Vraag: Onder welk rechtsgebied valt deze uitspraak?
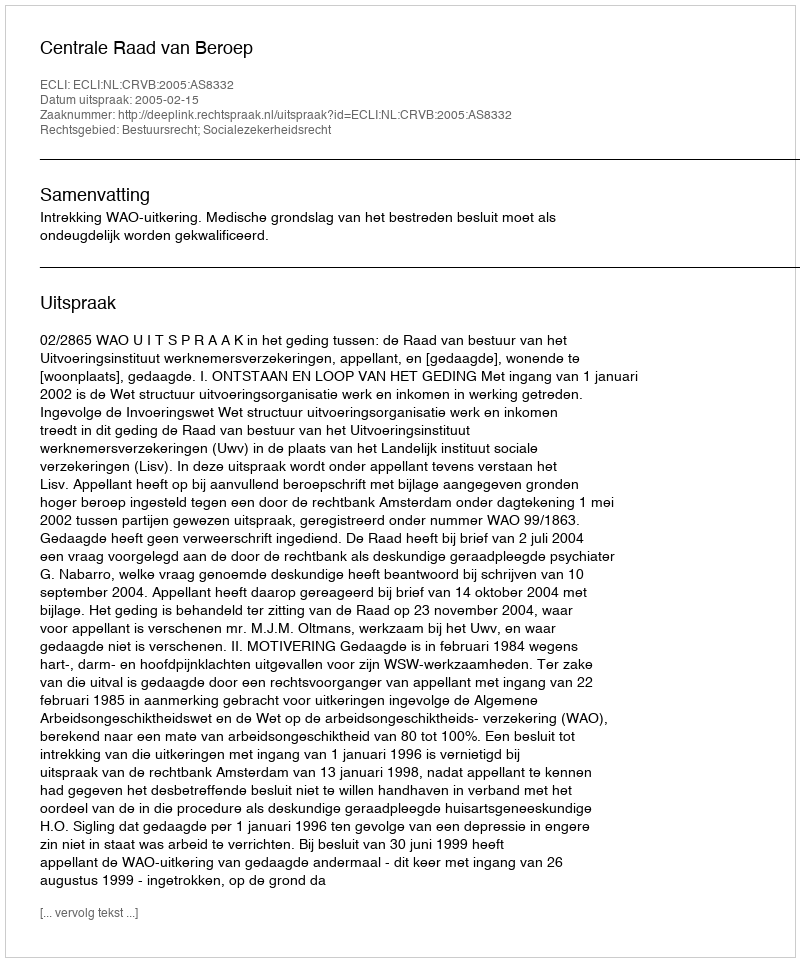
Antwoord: Bestuursrecht; Socialezekerheidsrecht